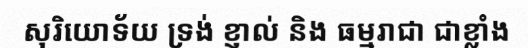
សុរិយោទ័យ ទ្រង់ ខ្ញាល់ និង ធម្មរាជា ជាខ្លាំង